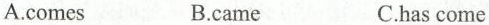
A.comes B.came C.has come